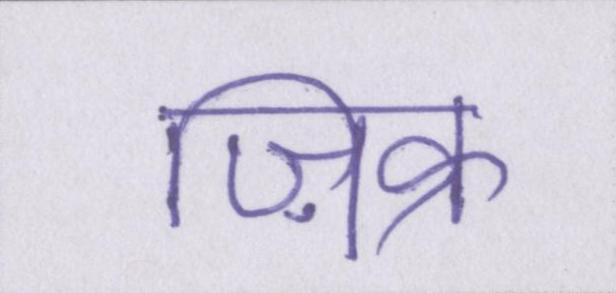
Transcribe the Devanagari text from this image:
ज़िक्र